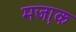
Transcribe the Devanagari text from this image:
मजा़क